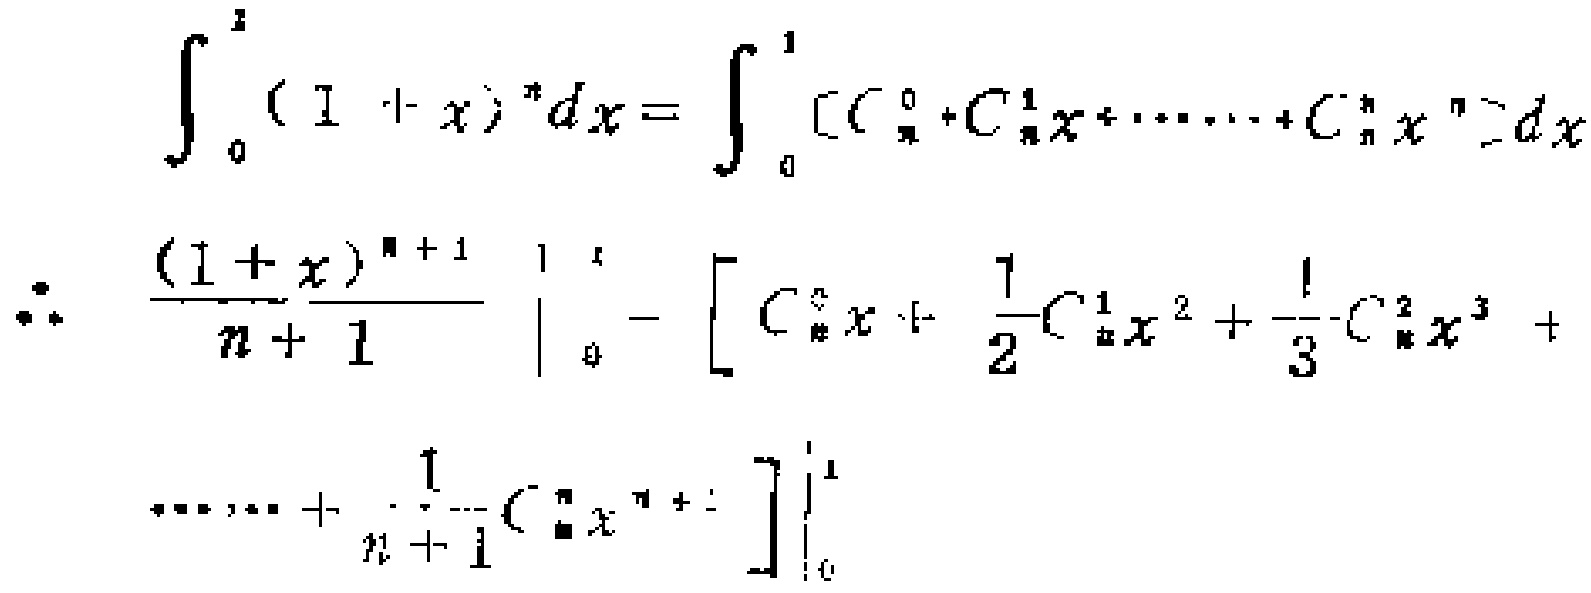
\[\begin{align*}
\int_{0}^{1}(1 + x)^{n}dx&=\int_{0}^{1}(C_{n}^{0}+C_{n}^{1}x+\cdots +C_{n}^{n}x^{n})dx\\
\therefore\left.\frac{(1 + x)^{n + 1}}{n + 1}\right|_{0}^{1}&=\left[C_{n}^{0}x+\frac{1}{2}C_{n}^{1}x^{2}+\frac{1}{3}C_{n}^{2}x^{3}+\cdots+\frac{1}{n + 1}C_{n}^{n}x^{n + 1}\right]\Bigg|_{0}^{1}
\end{align*}\]